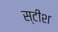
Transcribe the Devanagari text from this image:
स्टीश